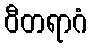
ဝီတရာဂံ